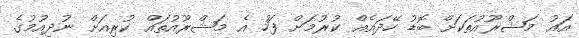
އައު މަޝްރޫއުތަކަށް ބޮޑު ހޭދައެއް ކުރުމަށް ފަހު އެ މަޝްރޫއުތައް ކުރިއަށް ނުދިއުމުގެ